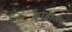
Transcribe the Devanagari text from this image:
क्वाड्रीसेप